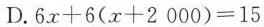
D.$$6x+6(x+2000)=15$$